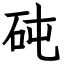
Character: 砘